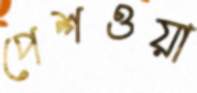
পেশওয়া